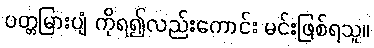
ပတ္တမြားပျံ ကိုရ၍လည်းကောင်း မင်းဖြစ်ရသူ။